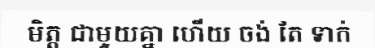
មិត្ត ជាមួយគ្នា ហើយ ចង់ តែ ទាក់